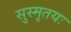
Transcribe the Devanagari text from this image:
सुस्मृतयः